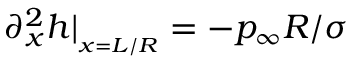
\partial _ { x } ^ { 2 } h \vert _ { { } _ { x = L / R } } = - p _ { \infty } R / \sigma